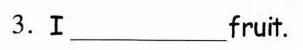
3.Ⅰ_fruit.